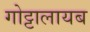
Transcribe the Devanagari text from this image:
गोट्टालायब